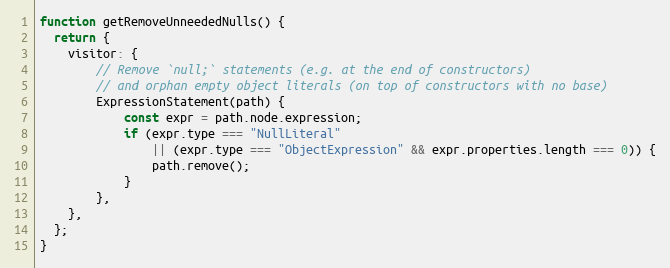
Language: JavaScript
function getRemoveUnneededNulls() {
  return {
    visitor: {
        // Remove `null;` statements (e.g. at the end of constructors)
        // and orphan empty object literals (on top of constructors with no base)
        ExpressionStatement(path) {
            const expr = path.node.expression;
            if (expr.type === "NullLiteral"
                || (expr.type === "ObjectExpression" && expr.properties.length === 0)) {
                path.remove();
            }
        },
    },
  };
}